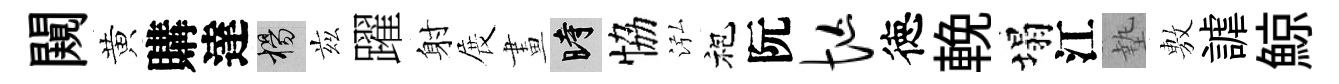
闚黄購達楊兹躍射展畫时恊泓袍阮忙徳輓塌江墊𢾾謔鯨